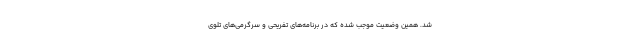
شد. همین وضعیت موجب شده که در برنامه‌های تفریحی و سرگرمی‌های تلوی